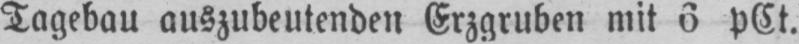
Tagebau auszubeutenden Erzgruben mit 6 pCt.